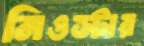
নিওস্টার